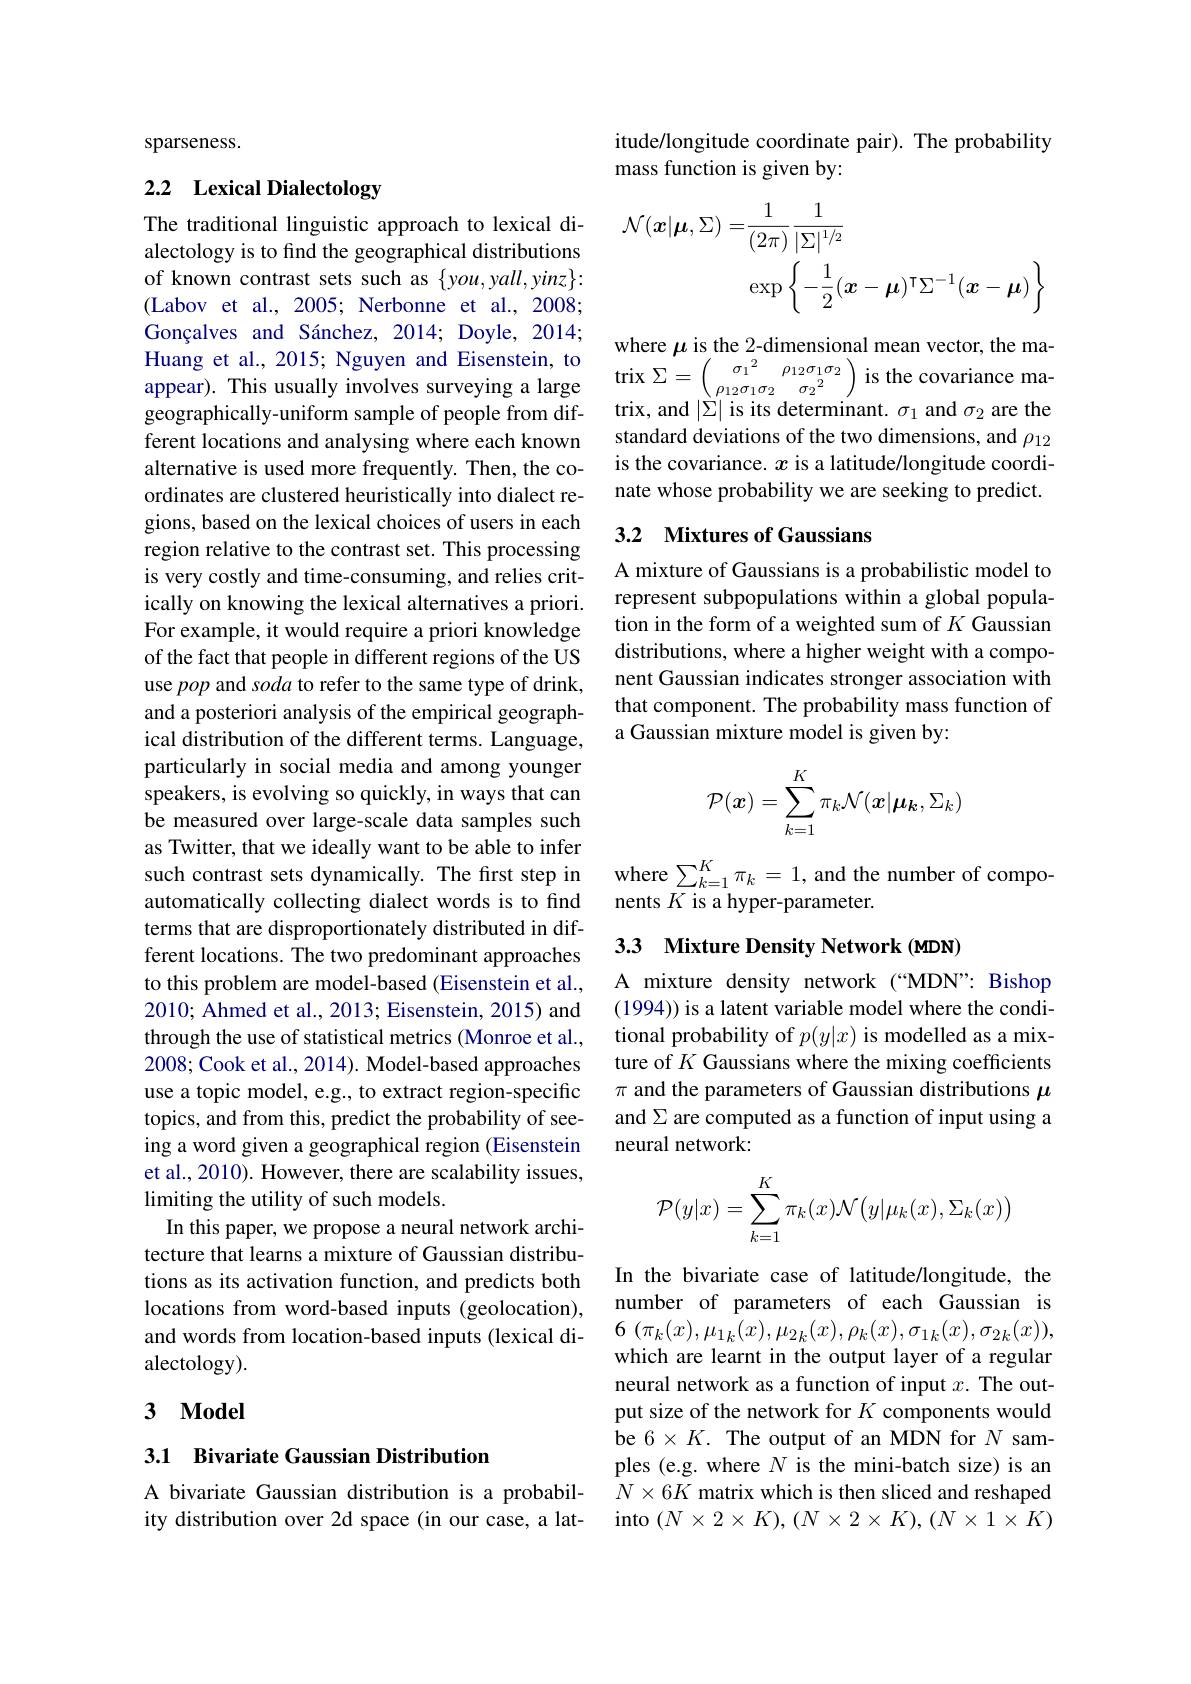
sparseness.

# 2.2 Lexical Dialectology

The traditional linguistic approach to lexical dialectology is to find the geographical distributions of known contrast sets such as $\{you,yall,yinz\}:$ (Labov et al., 2005; Nerbonne et al., 2008; Gonçalves and Sánchez, 2014; Doyle, 2014; Huang et al., 2015; Nguyen and Eisenstein, to appear). This usually involves surveying a large geographically-uniform sample of people from different locations and analysing where each known alternative is used more frequently. Then, the coordinates are clustered heuristically into dialect regions, based on the lexical choices of users in each region relative to the contrast set. This processing is very costly and time-consuming, and relies critically on knowing the lexical alternatives a priori. For example, it would require a priori knowledge of the fact that people in different regions of the US use pop and soda to refer to the same type of drink, and a posteriori analysis of the empirical geographical distribution of the different terms. Language, particularly in social media and among younger speakers, is evolving so quickly, in ways that can be measured over large-scale data samples such as Twitter, that we ideally want to be able to infer such contrast sets dynamically. The frst step in automatically collecting dialect words is to find terms that are disproportionately distributed in different locations. The two predominant approaches to this problem are model-based (Eisenstein et al., 2010; Ahmed et al., 2013; Eisenstein, 2015) and through the use of statistical metrics (Monroe et al., 2008; Cook et al., 2014). Model-based approaches use a topic model, e.g., to extract region-specific topics, and from this, predict the probability of seeing a word given a geographical region (Eisenstein et al., 2010). However, there are scalability issues, limiting the utility of such models.
In this paper, we propose a neural network architecture that learns a mixture of Gaussian distributions as its activation function, and predicts both locations from word-based inputs (geolocation), and words from location-based inputs (lexical dialectology).

## 3 $\mathbf{Model}$

## 3.1 Bivariate Gaussian Distribution

A bivariate Gaussian distribution is a probability distribution over 2d space (in our case, a lat-

itude/longitude coordinate pair). The probability
mass function is given by:
$$\begin{aligned}\mathcal{N}(\boldsymbol{x}|\boldsymbol{\mu},\Sigma)=&\frac{1}{(2\pi)}\frac{1}{|\Sigma|^{1/2}}\\&\exp\left\{-\frac{1}{2}(x-\mu)^{\intercal}\Sigma^{-1}(x-\mu)\right\}\end{aligned}$$
where $\mu$ is the 2-dimensional mean vector, the ma- $\operatorname{trix}\Sigma=\left(\begin{array}{ccc}{\sigma_{1}}^{2}&{\rho_{12}\sigma_{1}\sigma_{2}}\\{\rho_{12}\sigma_{1}\sigma_{2}}&{\sigma_{2}}^{2}\end{array}\right)$ is the covariance matrix, and $|\overset{\cdot}{\operatorname*{\Sigma}}|$ is its determinant. $\sigma_1$ and $\sigma_2$ are the standard deviations of the two dimensions, and $\rho_{12}$ is the covariance. $x$ is a latitude/longitude coordinate whose probability we are seeking to predict.

## 3.2 Mixtures of Gaussians

A mixture of Gaussians is a probabilistic model to represent subpopulations within a global population in the form of a weighted sum of $K$ Gaussian distributions, where a higher weight with a component Gaussian indicates stronger association with that component. The probability mass function of a Gaussian mixture model is given by:
$$\mathcal{P}(\boldsymbol{x})=\sum_{k=1}^K\pi_k\mathcal{N}(\boldsymbol{x}|\boldsymbol{\mu}_k,\Sigma_k)$$
where $\sum_{k=1}^K\pi_k=1$, and the number of compo-
nents $K$ is a hyper-parameter.

## 3.3 Mixture Density Network (MDN)

A mixture density network(“MDN”: Bishop (1994)) is a latent variable model where the conditional probability of $p(y|x)$ is modelled as a mixture of $K$ Gaussians where the mixing coefficients $\pi$ and the parameters of Gaussian distributions $\mu$ and $\Sigma$ are computed as a function of input using a neural network:
$$\mathcal P(y|x)=\sum\limits_{k=1}^K\pi_k(x)\mathcal N\big(y|\mu_k(x),\Sigma_k(x)\big)$$
In the bivariate case of latitude/longitude, the number of parameters of each Gaussian is 6 $( \pi _{k}( x) , \mu _{1k}( x) , \mu _{2k}( x) , \rho _{k}( x) , \sigma _{1k}( x) , \sigma _{2k}( x) ) $, which are learnt in the output layer of a regular neural network as a function of input $x.$ The output size of the network for $K$ components would ${\mathrm{be~6\times K.~The~output~of~an~MDN~for~}}N$ samples (e.g. where $N$ is the mini-batch size) is an $N\times6K$ matrix which is then sliced and reshaped into $(N\times2\times K),(N\times2\times K),(N\times1\times K)$